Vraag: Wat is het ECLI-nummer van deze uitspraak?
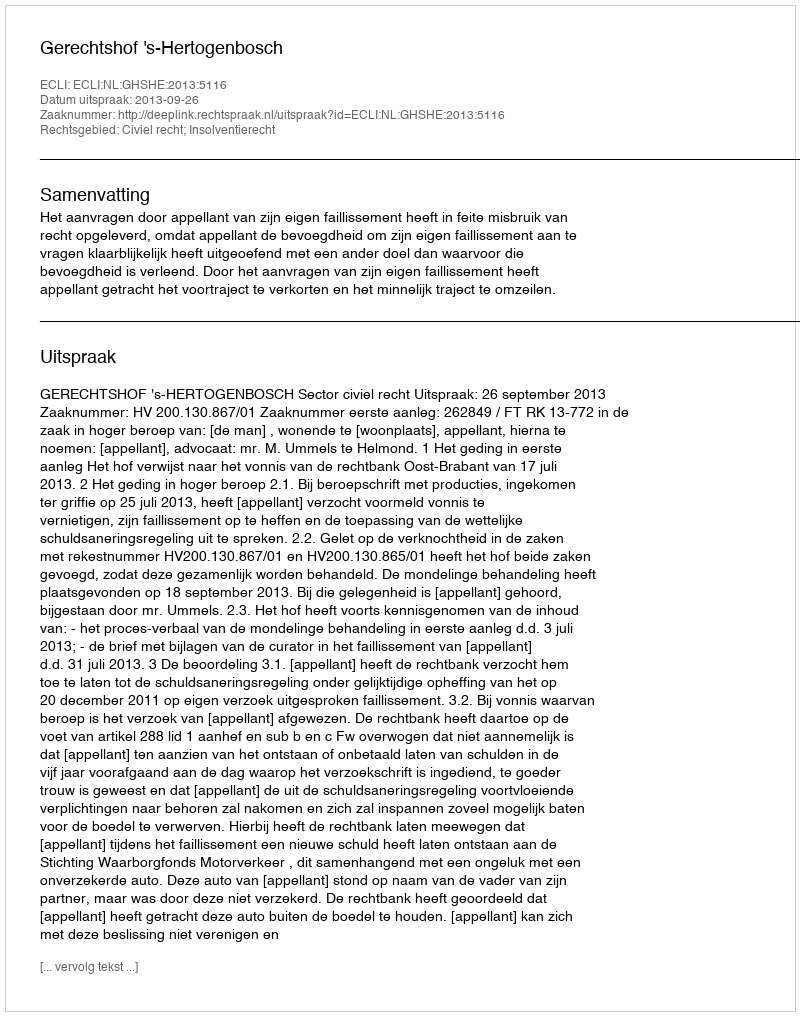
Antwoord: ECLI:NL:GHSHE:2013:5116